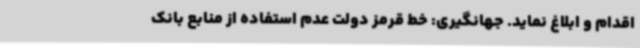
اقدام و ابلاغ نماید. جهانگیری: خط قرمز دولت عدم استفاده از منابع بانک